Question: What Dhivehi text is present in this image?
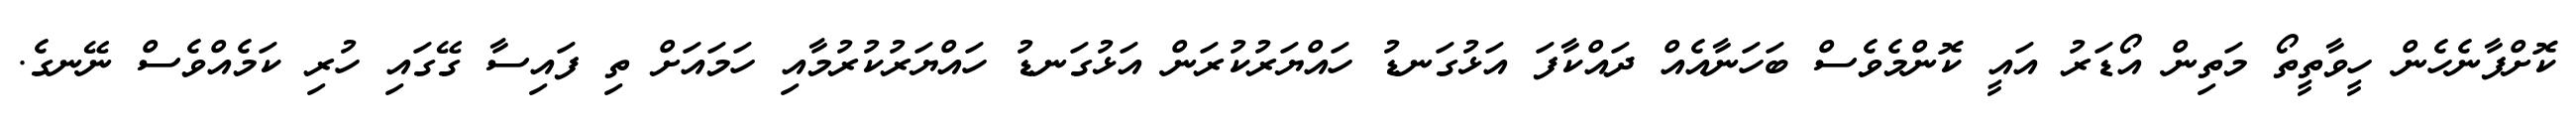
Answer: ކޮށްފާނެހެން ހީވާތީތޯ މަތިން އޯޑަރު އައީ ކޮންމެވެސް ބަހަނާއެއް ދައްކާފަ އަޅުގަނޑު ހައްޔަރުކުރަން އަޅުގަނޑު ހައްޔަރުކުރުމާއި ހަމައަށް ތި ފައިސާ ގޭގައި ހުރި ކަމެއްވެސް ނޭނގެ.